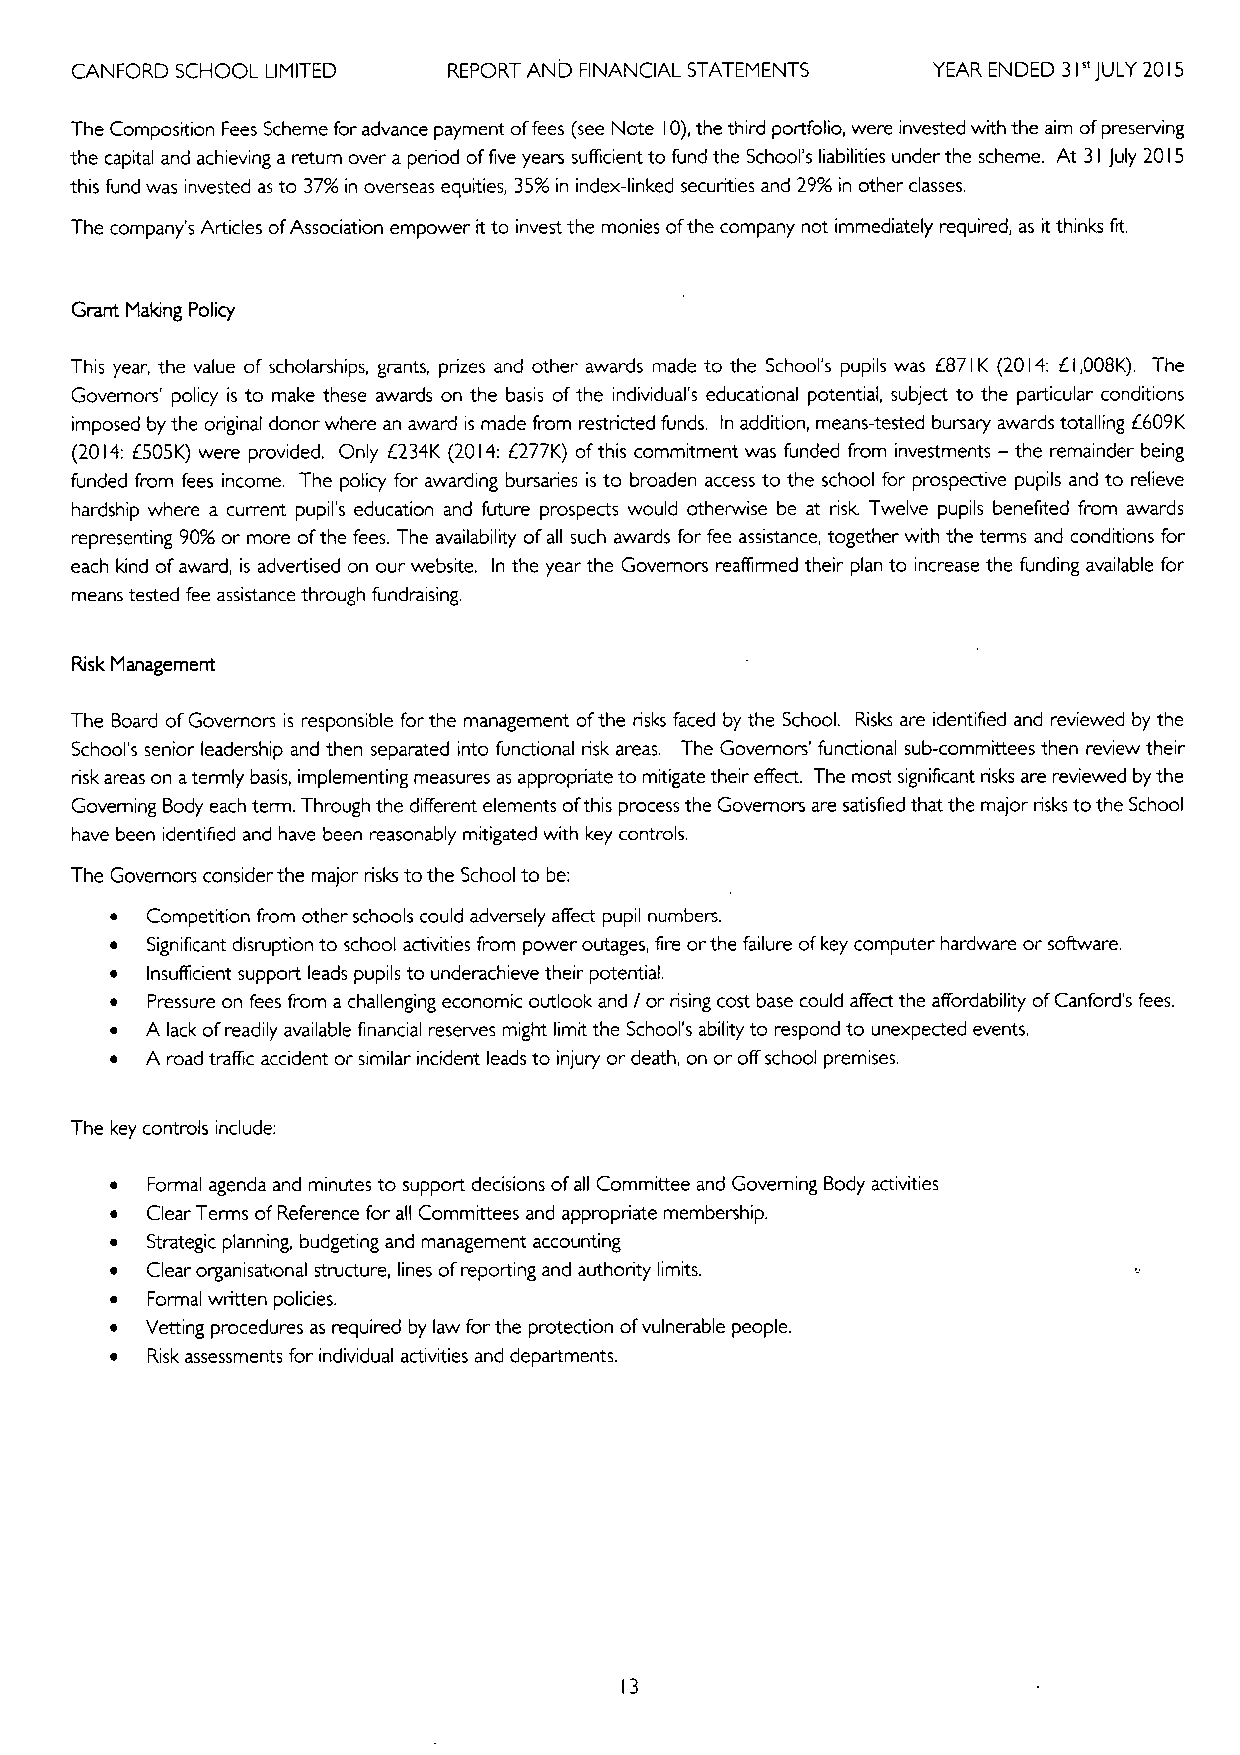
CANFORD SCHOOL LIMITED   REPORT AND FINANCIAL STATEMENTS YEAR ENDED 31" JULY 2015
 The Composition Fees Scheme for advance payment offees (see Note 10),the third portfolio, were invested with the aim ofpreserving
 the capital and achieving a return over a period offive years sufficient to fund the School's liabilities under the scheme. At 31 July 2015
 this fund was invested as to 37%in overseas equities, 3596in index-linked securities and 29%in other classes.
 The company's Articles ofAssociation empower itto invest the monies ofthe company not immediately required, as itthinks fit.
 Grant Making Policy
 This year, the value of scholarships, grants, prizes and other awards made to the School's pupils was 6871K (2014: 61,008K). The
 Governors' policy is to make these awards on the basis ofthe individual's educational potential, subject to the particular conditions
 imposed by the original donor where an award is made from restricted funds. In addition, means-tested bursary awards totalling 6609K
 (2014:6505K) were provided. Only 6234K (2014:6277K) ofthis commitment was funded from investments —the remainder being
 funded from fees income. The policy for awarding bursaries is to broaden access to the school for prospective pupils and to relieve
 hardship where a current pupil's education and future prospects would otherwise be at risk. Twelve pupils benefited from awards
 representing 9096or more ofthe fees. The availability of all such awards for fee assistance, together with the terms and conditions for
 each kind ofaward, is advertised on our website. In the year the Governors reaffirmed their plan to increase the funding available for
 means tested fee assistance through fundraising.
 Risk Management
 The Board ofGovernors is responsible forthe management ofthe risks faced by the School. Risks are identified and reviewed by the
 School's senior leadership and then separated into functional risk areas. The Governors' functional sub-committees then review their
 risk areas on atermly basis, implementing measures as appropriate to mitigate their effect. The most significant risks are reviewed by the
 Governing Body each term. Through the different elements ofthis process the Governors are satisfied that the major risks to the School
 have been identified and have been reasonably mitigated with key controls.
 The Governors consider the major risks to the School to be:
 ~  Competition from other schools could adversely affect pupil numbers.
 ~  Significant disruption to school activities from power outages, fire orthe failure ofkey computer hardware or software.
 ~  Insufficient support leads pupils to underachieve their potential.
 ~  Pressure on fees from a challenging economic outlook and / or rising cost base could affect the affordability ofCanford's fees.
 ~  A lack ofreadily available financial reserves might limit the School's ability to respond to unexpected events.
 ~  A road traffic accident or similar incident leads to injury or death, on or offschool premises.
 The key controls include:
 ~  Formal agenda and minutes to support decisions of all Committee and Governing Body activities
 ~  Clear Terms ofReference for all Committees and appropriate membership.
 ~  Strategic planning, budgeting and management accounting
 ~  Clear organisational structure, lines ofreporting and authority limits.
 ~  Formal written policies.
 ~  Vetting procedures as required by law forthe protection ofvulnerable people.
 ~  Risk assessments for individual activities and departments.
 13